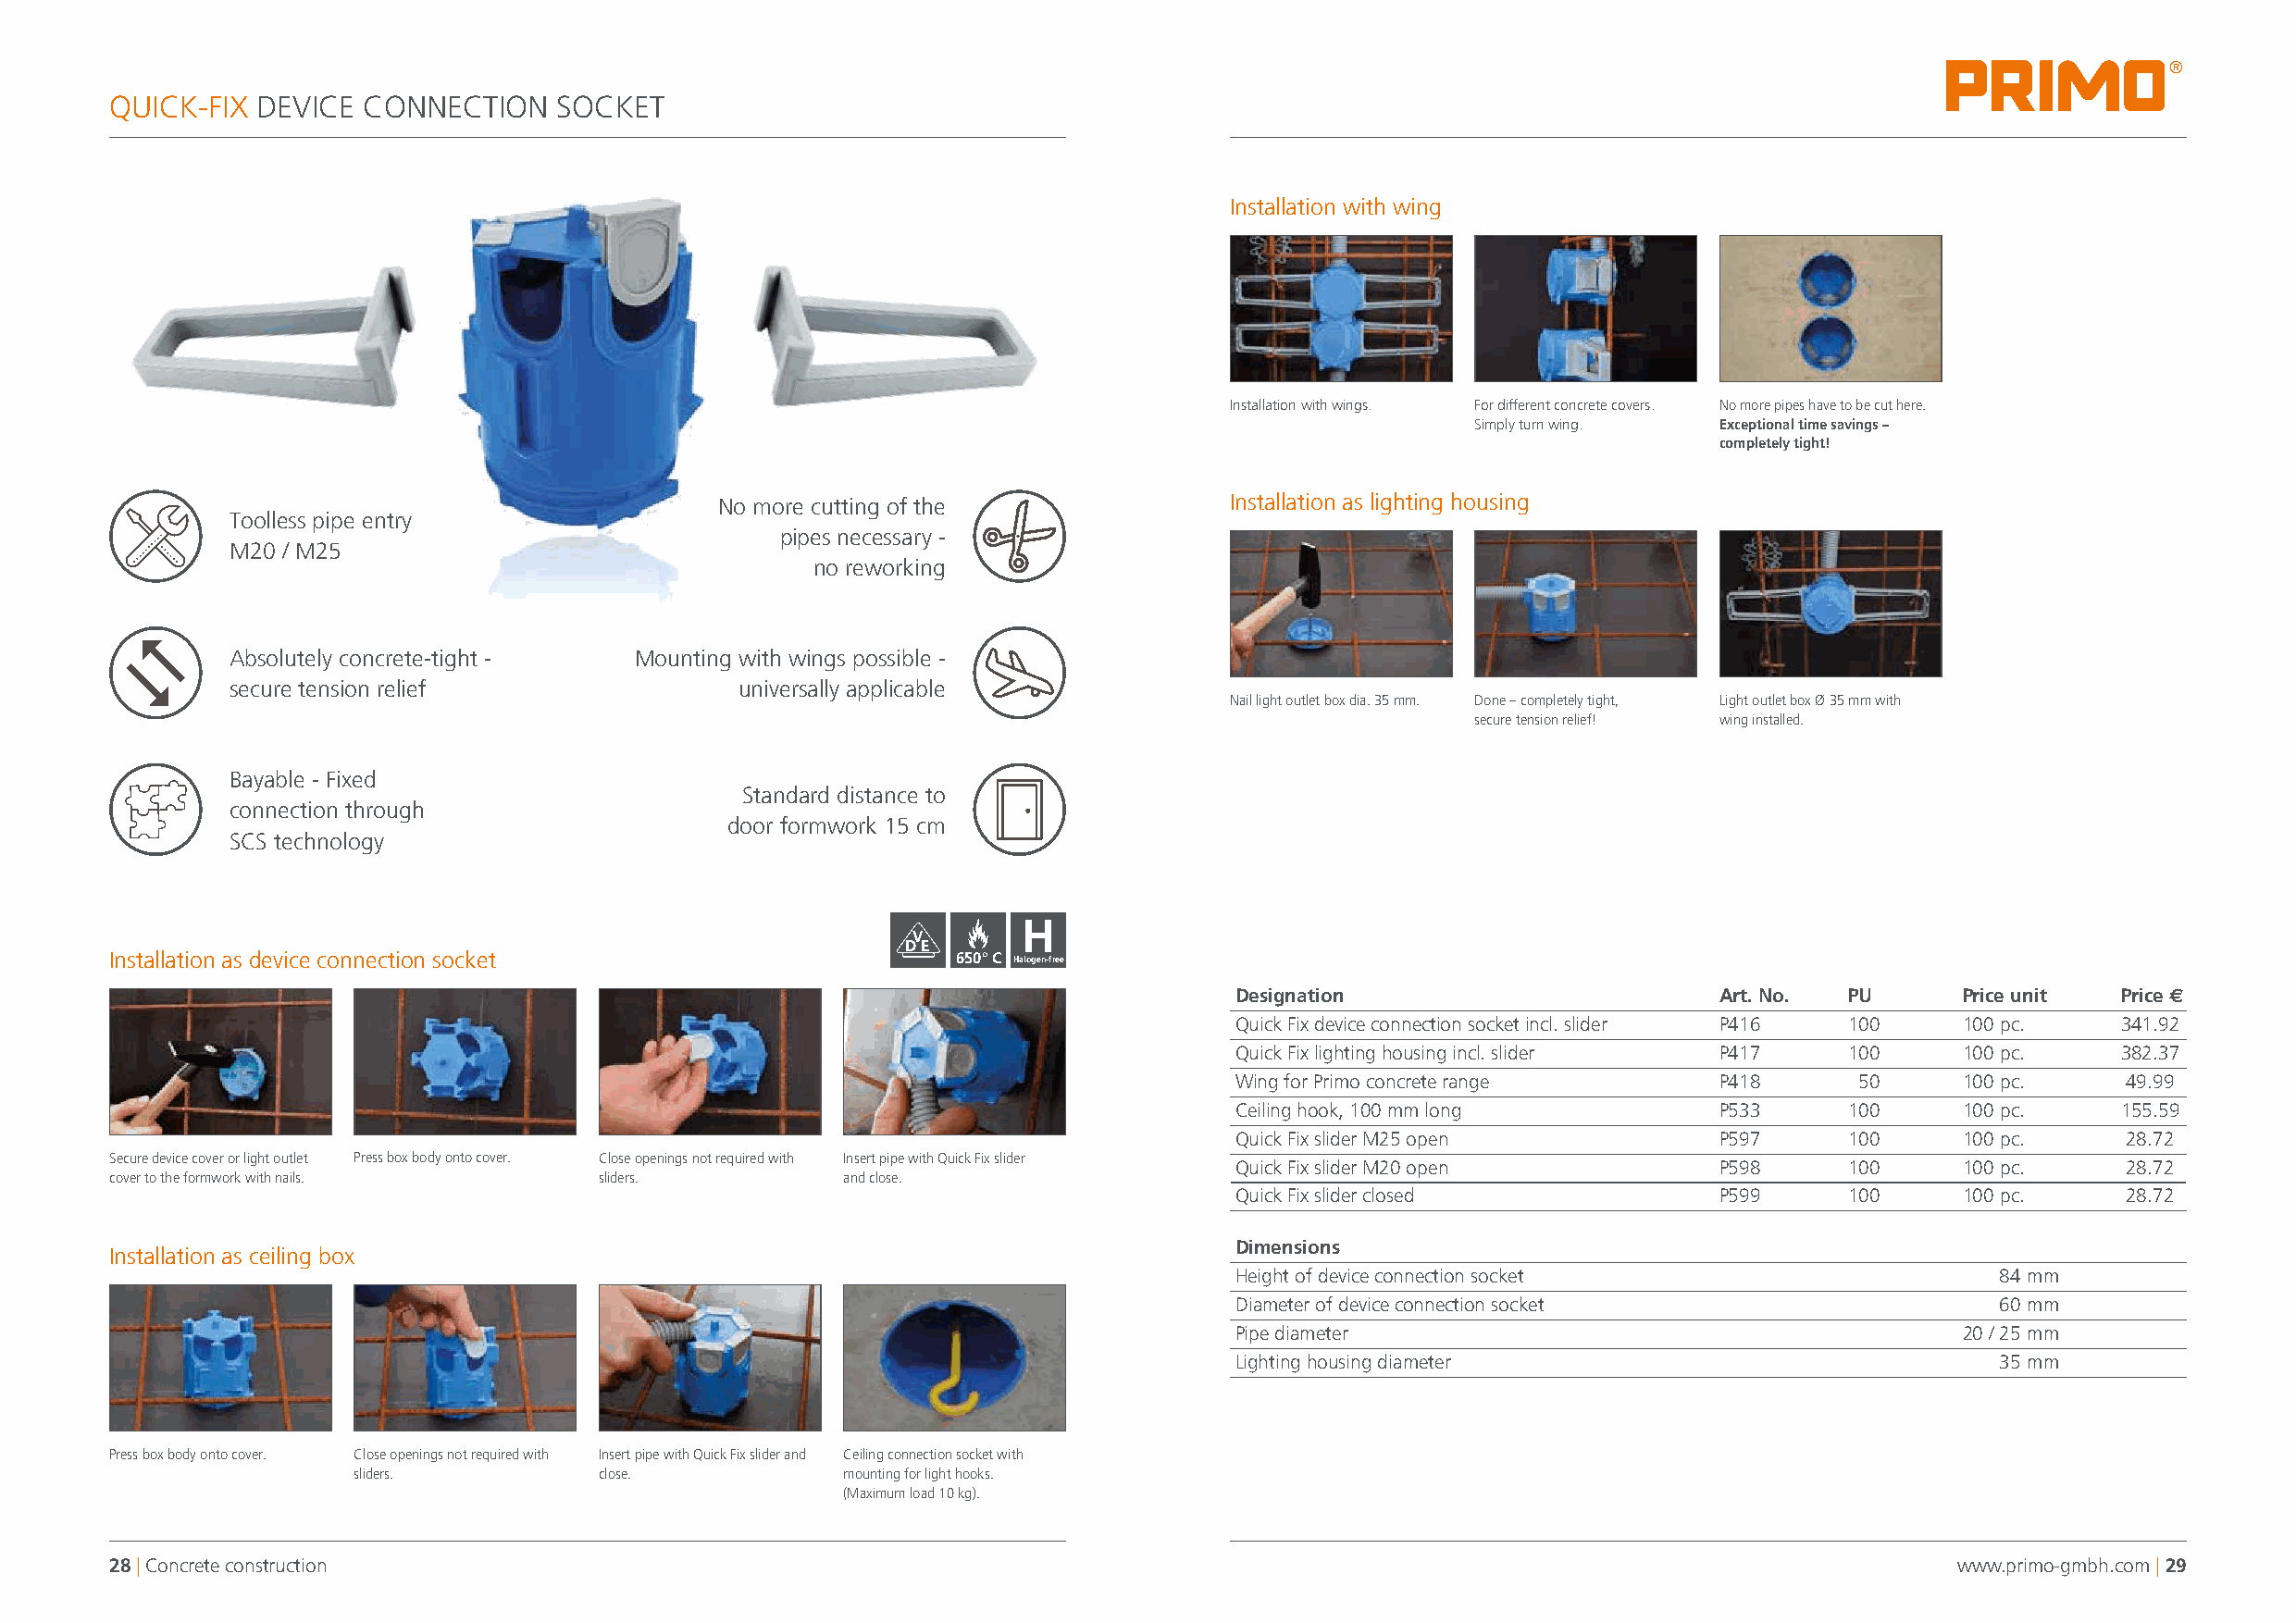
®
 QUICK-FIX DEVICE  CONNECTION    SOCKET
 Installation with wing
 Installation with wings. For different concrete covers. No more pipes have to be cut here.
 Simply turn wing. Exceptional time savings –
 completely tight!
 No more cutting of the               Installation as lighting housing
 Toolless pipe entry
 pipes necessary -
 M20 / M25
 no reworking
 Absolutely concrete-tight -  Mounting with wings possible -
 secure tension relief                universally applicable
 Nail light outlet box dia. 35 mm. Done – completely tight, Light outlet box Ø 35 mm with
 secure tension relief! wing installed.
 Bayable - Fixed
 Standard distance to
 connection through
 door formwork 15 cm
 SCS technology
 H
 V
 DE
 Installation as device connection socket                    650° C Halogen-free
 Designation                        Art. No. PU      Price unit  Price s
 Quick Fix device connection socket incl. slider P416 100 100 pc. 341.92
 Quick Fix lighting housing incl. slider P417 100    100 pc.     382.37
 Wing for Primo concrete range      P418      50     100 pc.     49.99
 Ceiling hook, 100 mm long          P533     100     100 pc.     155.59
 Quick Fix slider M25 open          P597     100     100 pc.     28.72
 Secure device cover or light outlet Press box body onto cover. Close openings not required with Insert pipe with Quick Fix slider
 Quick Fix slider M20 open          P598     100     100 pc.     28.72
 cover to the formwork with nails.  sliders.         and close.
 Quick Fix slider closed            P599     100     100 pc.     28.72
 Dimensions
 Installation as ceiling box
 Height of device connection socket                     84 mm
 Diameter of device connection socket                   60 mm
 Pipe diameter                                       20 / 25 mm
 Lighting housing diameter                              35 mm
 Press box body onto cover. Close openings not required with Insert pipe with Quick Fix slider and Ceiling connection socket with
 sliders.          close.           mounting for light hooks.
 (Maximum load 10 kg).
 28 | Concrete construction                                                                                                          www.primo-gmbh.com | 29